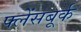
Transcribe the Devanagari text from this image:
फ्लेंसबूर्क